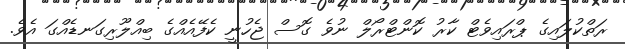
ރަތްކުލައިގެ ޕްރައިވެޓް ކާރު ކޮންޓްރޯލް ނުވެ ގޮސް ޖެހުނީ ކެފޭއެއްގެ ބިއްލޫރިގަނޑެއްގަ އެވެ.